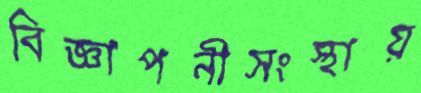
বিজ্ঞাপনীসংস্থায়